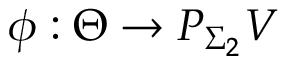
\phi : \Theta \to P _ { \Sigma _ { 2 } } V